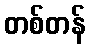
တစ်တန်